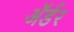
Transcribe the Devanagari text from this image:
ॲर्डर